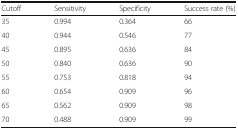
| Cutoff | Sensitivity | Specificity | Success rate (%) |
 | --- | --- | --- | --- |
 | 35 | 0.994 | 0.364 | 66 |
 | 40 | 0.944 | 0.546 | 77 |
 | 45 | 0.895 | 0.636 | 84 |
 | 50 | 0.840 | 0.636 | 90 |
 | 55 | 0.753 | 0.818 | 94 |
 | 60 | 0.654 | 0.909 | 96 |
 | 65 | 0.562 | 0.909 | 98 |
 | 70 | 0.488 | 0.909 | 99 |